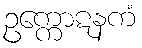
ဥက္ကောဋနကံ